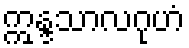
ဣန္ဒသာလဂုဟံ